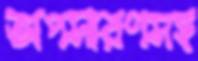
অপসারণসহ